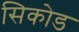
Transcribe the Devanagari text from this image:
सिकोड